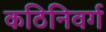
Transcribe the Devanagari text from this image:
कठिनिवर्ग